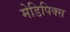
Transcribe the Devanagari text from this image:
मेडिपिक्स